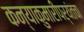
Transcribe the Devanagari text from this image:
कन्याकुमारीपर्यंतचा